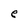
Character: e